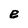
Character: e